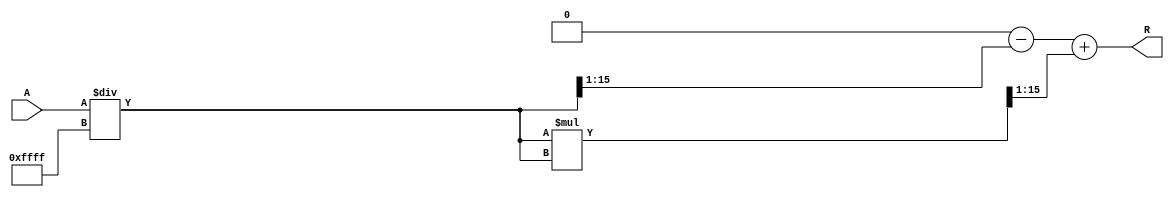
module ApproximateReciprocal (
    input  wire [WIDTH-1:0] A,     // Input operand
    output wire [WIDTH-1:0] R      // Approximate reciprocal output
);
    parameter WIDTH = 16;           // Parameter for input/output width
    parameter [WIDTH-1:0] MAX_VAL = (1 << WIDTH) - 1; // Max value for normalization

    // Intermediate signals
    wire [WIDTH-1:0] normalized_A;
    wire [WIDTH-1:0] approx_reciprocal;

    // Input Normalization: Scale A to [0, 1] range
    assign normalized_A = A / MAX_VAL;

    // Polynomial Approximation for reciprocal: R = 1 - 0.5*normalized_A + 0.5*normalized_A^2
    // This is a simple example polynomial; you can replace it with a more complex one as needed.
    wire [WIDTH-1:0] normalized_A_squared;
    assign normalized_A_squared = normalized_A * normalized_A;

    // Approximation: R = 1 - 0.5 * normalized_A + 0.5 * normalized_A_squared
    assign approx_reciprocal = (1 << WIDTH) - (normalized_A >> 1) + (normalized_A_squared >> 1);

    // Output Scaling: Scale back to original range (if necessary)
    assign R = approx_reciprocal;

endmodule